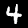
Digit: 4